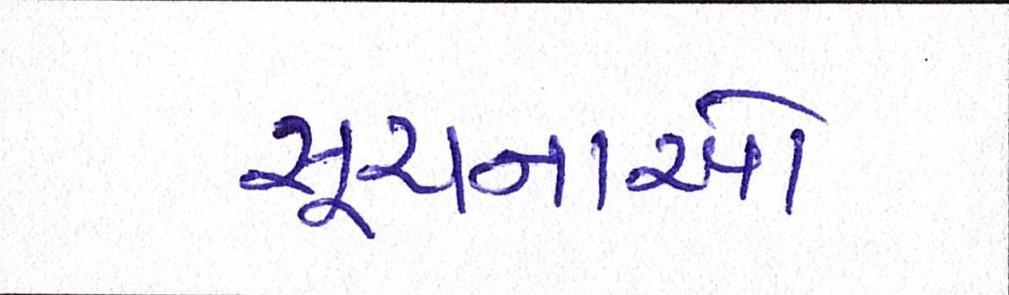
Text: સૂચનાઓ